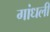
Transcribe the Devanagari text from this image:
गांधली